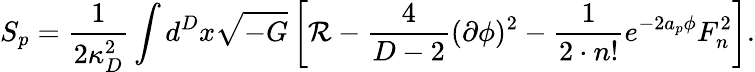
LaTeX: S_{p}={\frac{1}{2\kappa_{D}^{2}}}\int d^{D}x\sqrt{-G}\left[{\cal R}-{\frac{4}{D-2}}(\partial\phi)^{2}-{\frac{1}{2\cdot n!}}e^{-2a_{p}\phi}F_{n}^{2}\right].